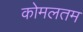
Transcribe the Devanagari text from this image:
कोमलतम